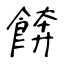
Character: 餴